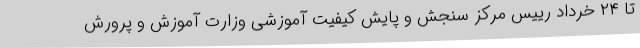
تا ۲۴ خرداد رییس مرکز سنجش و پایش کیفیت آموزشی وزارت آموزش و پرورش